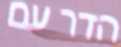
הדר עם